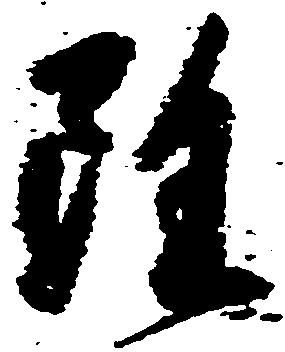
雖